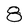
Character: 8